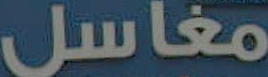
مغاسل